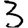
Digit: 3